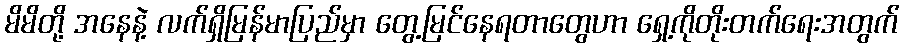
မိမိတို့ အနေနဲ့ လက်ရှိမြန်မာပြည်မှာ တွေ့မြင်နေရတာတွေဟာ ရှေ့ကိုတိုးတက်ရေးအတွက်